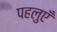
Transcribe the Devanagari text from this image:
पहलुएँ